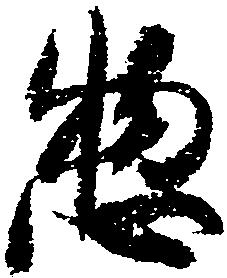
惣